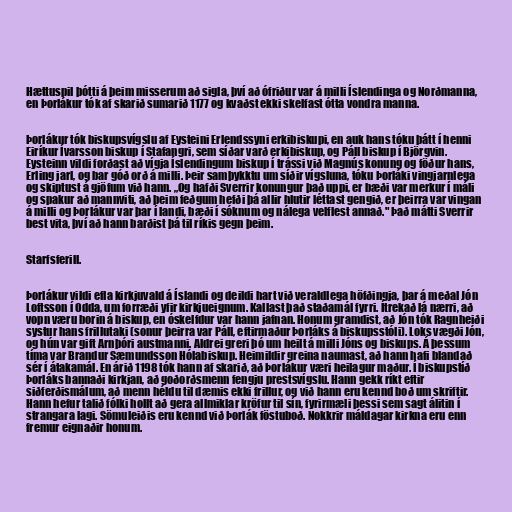
Hættuspil þótti á þeim misserum að sigla, því að ófriður var á milli Íslendinga og Norðmanna,
en Þorlákur tók af skarið sumarið 1177 og kvaðst ekki skelfast ótta vondra manna.

Þorlákur tók biskupsvígslu af Eysteini Erlendssyni erkibiskupi, en auk hans tóku þátt í henni
Eiríkur Ívarsson biskup í Stafangri, sem síðar varð erkibiskup, og Páll biskup í Björgvin.
Eysteinn vildi forðast að vígja Íslendingum biskup í trássi við Magnús konung og föður hans,
Erling jarl, og bar góð orð á milli. Þeir samþykktu um síðir vígsluna, tóku Þorláki vingjarnlega
og skiptust á gjöfum við hann. „Og hafði Sverrir konungur það uppi, er bæði var merkur í máli
og spakur að mannviti, að þeim feðgum hefði þá allir hlutir léttast gengið, er þeirra var vingan
á milli og Þorlákur var þar í landi, bæði í sóknum og nálega velflest annað." Það mátti Sverrir
best vita, því að hann barðist þá til ríkis gegn þeim.

Starfsferill.

Þorlákur vildi efla kirkjuvald á Íslandi og deildi hart við veraldlega höfðingja, þar á meðal Jón
Loftsson í Odda, um forræði yfir kirkjueignum. Kallast það staðamál fyrri. Ítrekað lá nærri, að
vopn væru borin á biskup, en óskelfdur var hann jafnan. Honum gramdist, að Jón tók Ragnheiði
systur hans frillutaki (sonur þeirra var Páll, eftirmaður Þorláks á biskupsstóli). Loks vægði Jón,
og hún var gift Arnþóri austmanni. Aldrei greri þó um heilt á milli Jóns og biskups. Á þessum
tíma var Brandur Sæmundsson Hólabiskup. Heimildir greina naumast, að hann hafi blandað
sér í átakamál. En árið 1198 tók hann af skarið, að Þorlákur væri heilagur maður. Í biskupstíð
Þorláks bannaði kirkjan, að goðorðsmenn fengju prestsvígslu. Hann gekk ríkt eftir
siðferðismálum, að menn héldu til dæmis ekki frillur, og við hann eru kennd boð um skriftir.
Hann hefur talið fólki hollt að gera allmiklar kröfur til sín, fyrirmæli þessi sem sagt álitin í
strangara lagi. Sömuleiðis eru kennd við Þorlák föstuboð. Nokkrir máldagar kirkna eru enn
fremur eignaðir honum.